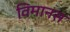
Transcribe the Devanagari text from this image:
विमानस